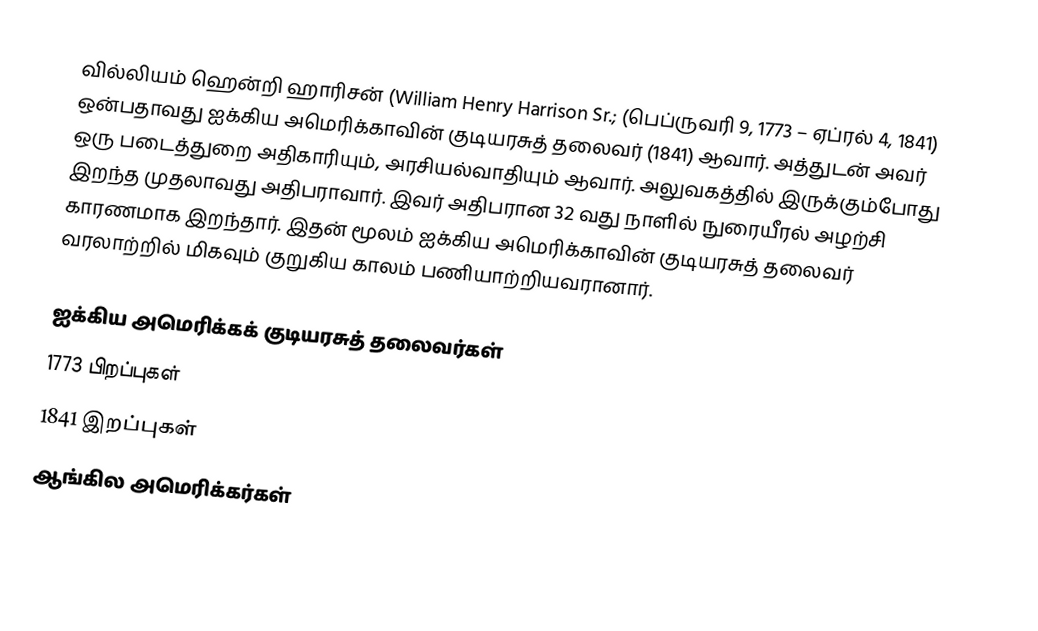
வில்லியம் ஹென்றி ஹாரிசன் (William Henry Harrison Sr.; (பெப்ருவரி 9, 1773 – ஏப்ரல் 4, 1841) ஒன்பதாவது ஐக்கிய அமெரிக்காவின் குடியரசுத் தலைவர் (1841) ஆவார். அத்துடன் அவர் ஒரு படைத்துறை அதிகாரியும், அரசியல்வாதியும் ஆவார். அலுவகத்தில் இருக்கும்போது இறந்த முதலாவது அதிபராவார். இவர் அதிபரான 32 வது நாளில் நுரையீரல் அழற்சி காரணமாக இறந்தார். இதன் மூலம் ஐக்கிய அமெரிக்காவின் குடியரசுத் தலைவர் வரலாற்றில் மிகவும் குறுகிய காலம் பணியாற்றியவரானார்.

ஐக்கிய அமெரிக்கக் குடியரசுத் தலைவர்கள்
1773 பிறப்புகள்
1841 இறப்புகள்
ஆங்கில அமெரிக்கர்கள்